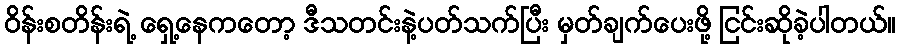
ဝိန်းစတိန်းရဲ့ ရှေ့နေကတော့ ဒီသတင်းနဲ့ပတ်သက်ပြီး မှတ်ချက်ပေးဖို့ ငြင်းဆိုခဲ့ပါတယ်။